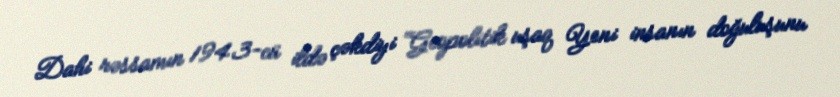
Dahi rəssamın 1943-cü ildə çəkdiyi “Geopolitik uşaq Yeni insanın doğuluşunu